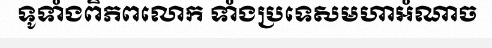
ទូទាំងពិភពលោក ទាំងប្រទេសមហាអំណាច